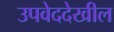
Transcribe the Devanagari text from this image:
उपवेददेखील